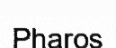
Pharos